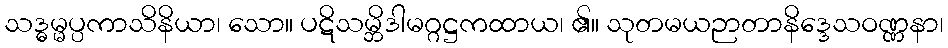
သဒ္ဓမ္မပ္ပကာသိနိယာ၊ သော။ ပဋိသမ္ဘိဒါမဂ္ဂဋ္ဌကထာယ၊ ၏။ သုတမယဉာတာနိဒ္ဒေသဝဏ္ဏနာ၊